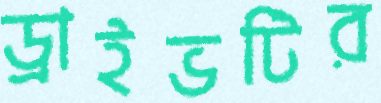
ড্রাইভটির